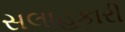
સલાહકારી